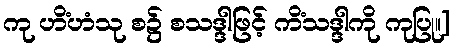
ကု ဟိံဟံသု စ၌ စသဒ္ဒါဖြင့် ကိံသဒ္ဒါကို ကုပြု။]